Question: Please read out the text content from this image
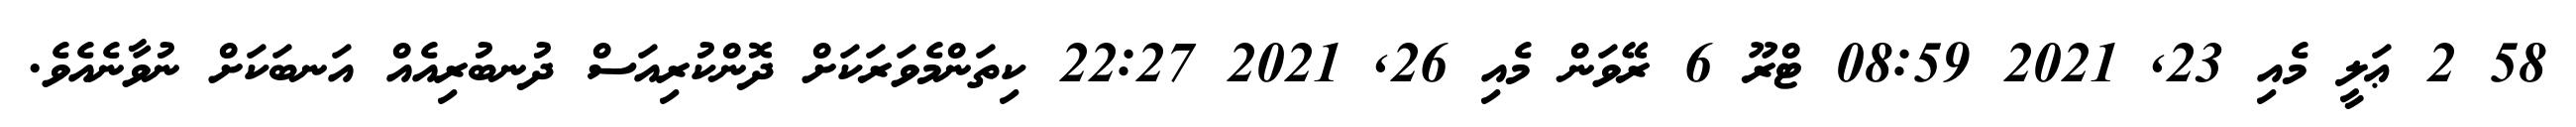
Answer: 58 2 ޢަލީ މެއި 23, 2021 08:59 ޓްރޫ 6 ރޭވަން މެއި 26, 2021 22:27 ކިތަންމެވަރަކަށް ދޮންކުރިއަސް ދުނބުރިއެއް އަނބަކަށް ނުވާނެއެވެ.